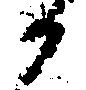
か